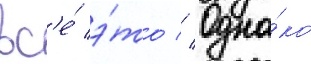
вс'е́ э́то // Одна́ко